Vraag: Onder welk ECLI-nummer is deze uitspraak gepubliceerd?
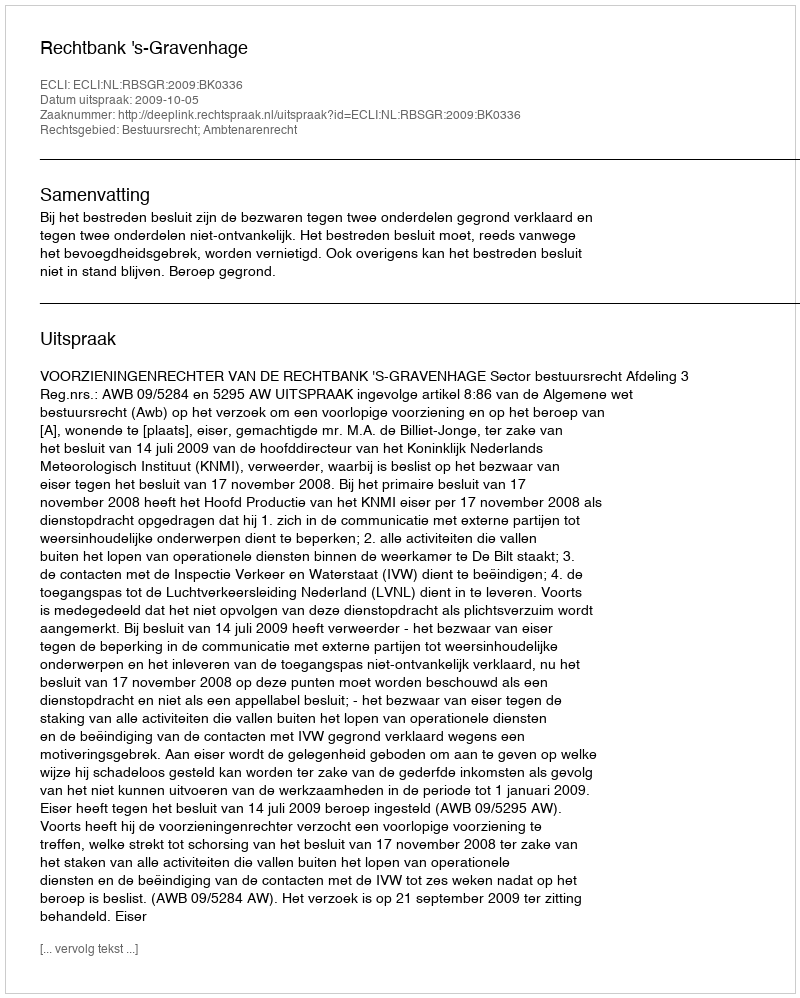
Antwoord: ECLI:NL:RBSGR:2009:BK0336